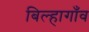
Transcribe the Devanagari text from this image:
बिल्हागाँव